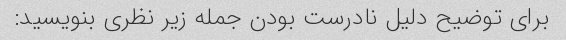
برای توضیح دلیل نادرست بودن جمله زیر نظری بنویسید: